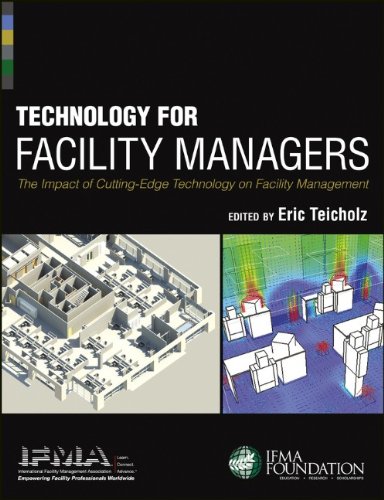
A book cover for Technology for Facility Managers: The Impact of Cutting-Edge Technology on Facility Management; IFMA; Business & Money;